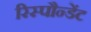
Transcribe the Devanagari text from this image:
रिस्पौन्डेंट